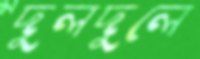
দুলদুলে